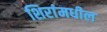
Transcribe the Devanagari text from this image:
शिरांमधील